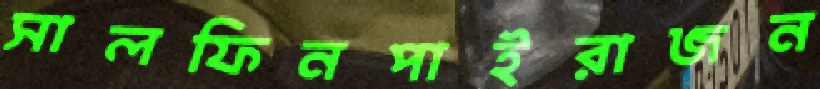
সালফিনপাইরাজন